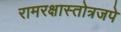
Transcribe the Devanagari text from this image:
रामरक्षास्तोत्रजपे